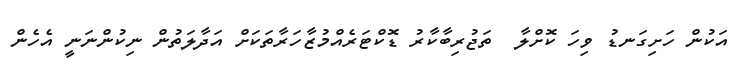
އަކުން ހަށިގަނޑު ވިހަ ކޮށްލާ  ތަޖުރިބާކާރު ޑޮކްޓަރެއްމުޒާހަރާތަކަށް އަދާލަތުން ނިކުންނަނީ އެހެން